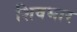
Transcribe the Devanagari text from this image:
शिवभार